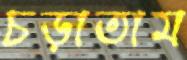
চড়াতাম